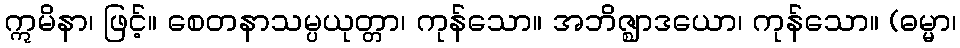
ဣမိနာ၊ ဖြင့်။ စေတနာသမ္ပယုတ္တာ၊ ကုန်သော။ အဘိဇ္ဈာဒယော၊ ကုန်သော။ (ဓမ္မာ၊